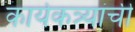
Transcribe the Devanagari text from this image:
कार्यकत्र्यांची